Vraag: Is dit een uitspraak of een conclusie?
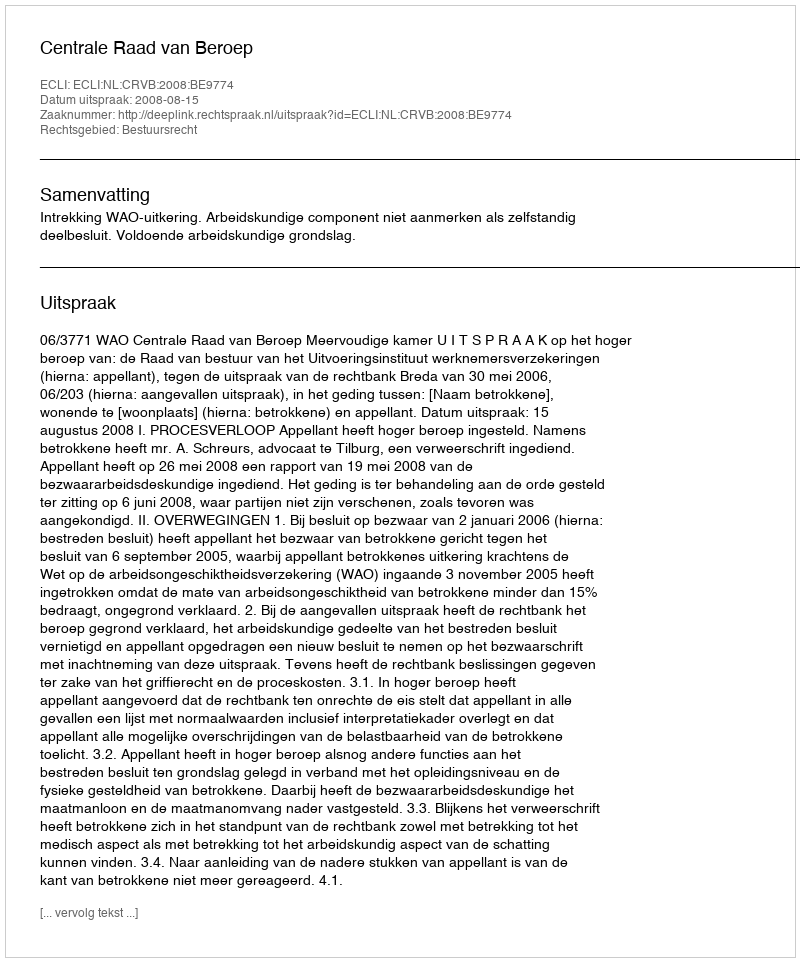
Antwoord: Uitspraak